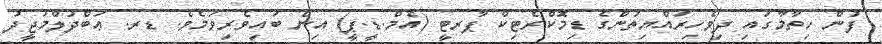
ފުން ހިތާމާގައި ދިވެހިރައްޔިތުންގެ ޑިމޮކްރެޓިކް ޕާރޓީ (އެމް.ޑީ.ޕީ) އިން ބައިވެރިވަމެވެ. ޑރ. ޢަބްދުލްމަޖީދު